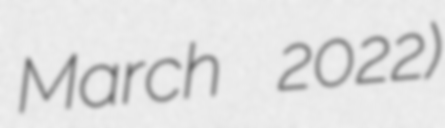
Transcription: March 2022)